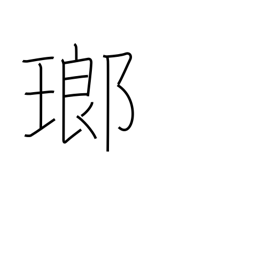
Meaning: precious stone